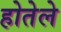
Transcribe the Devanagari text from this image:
होतेले